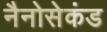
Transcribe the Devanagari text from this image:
नैनोसेकंड